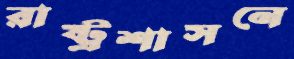
রাষ্ট্রশাসনে